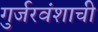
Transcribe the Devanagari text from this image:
गुर्जरवंशाची